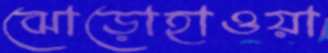
ঝোড়োহাওয়া